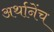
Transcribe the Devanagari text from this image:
अर्थानेंच